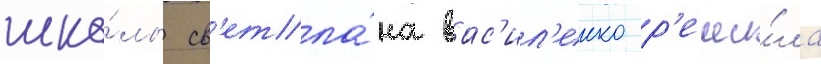
шко́лы св'етла́на вас'ил'енко р'еши́ла